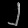
Digit: ၂